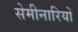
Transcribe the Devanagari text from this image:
सेमीनारियों